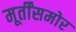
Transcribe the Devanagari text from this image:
मूर्तींसमोर